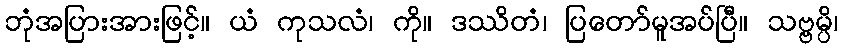
ဘုံအပြားအားဖြင့်။ ယံ ကုသလံ၊ ကို။ ဒဿိတံ၊ ပြတော်မူအပ်ပြီ။ သဗ္ဗမ္ပိ၊